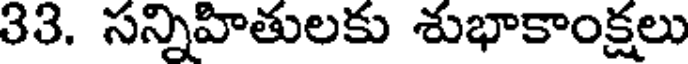
33. సన్నిహితులకు శుభాకాంక్షలు